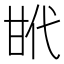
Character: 𢎌